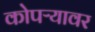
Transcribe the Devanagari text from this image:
कोपऱ्यावर